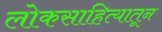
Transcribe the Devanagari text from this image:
लोकसाहित्यातून